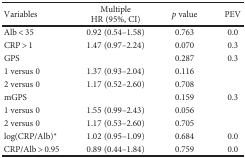
<table><thead><tr><td><b>Variables</b></td><td><b>MultipleHR (95%, CI)</b></td><td><b><i>p</i> value</b></td><td><b>PEV</b></td></tr></thead><tbody><tr><td>Alb &lt; 35</td><td>0.92 (0.54–1.58)</td><td>0.763</td><td>0.0</td></tr><tr><td>CRP &gt; 1</td><td>1.47 (0.97–2.24)</td><td>0.070</td><td>0.3</td></tr><tr><td>GPS</td><td></td><td>0.287</td><td>0.3</td></tr><tr><td>1 versus 0</td><td>1.37 (0.93–2.04)</td><td>0.116</td><td></td></tr><tr><td>2 versus 0</td><td>1.17 (0.52–2.60)</td><td>0.708</td><td></td></tr><tr><td>mGPS</td><td></td><td>0.159</td><td>0.3</td></tr><tr><td>1 versus 0</td><td>1.55 (0.99–2.43)</td><td>0.056</td><td></td></tr><tr><td>2 versus 0</td><td>1.17 (0.53–2.60)</td><td>0.705</td><td></td></tr><tr><td>log(CRP/Alb)<sup>∗</sup></td><td>1.02 (0.95–1.09)</td><td>0.684</td><td>0.0</td></tr><tr><td>CRP/Alb &gt; 0.95</td><td>0.89 (0.44–1.84)</td><td>0.759</td><td>0.0</td></tr></tbody></table>